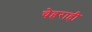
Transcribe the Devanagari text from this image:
चेहराही